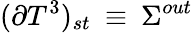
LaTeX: (\partial T^{3})_{st}\: \equiv\: \Sigma^{out}